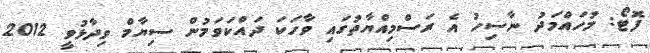
ފޮޓޯ: މުހައްމަދު ނާސިހު އެ ރަސްމިއްޔާތުގައި ވާހަކަ ދައްކަވަމުން ސިޔާމް ވިދާޅުވީ 2012